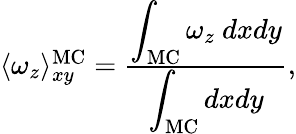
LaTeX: \begin{array}{r}{\langle\omega_{z}\rangle_{xy}^{\mathrm{MC}}=\frac{\displaystyle\int_{\mathrm{MC}}\omega_{z}\ dxdy}{\displaystyle\int_{\mathrm{MC}}dxdy},}\end{array}